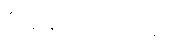
ဒီနေ့ သောကြောနေ့ပါ။